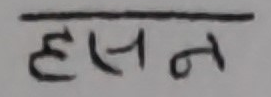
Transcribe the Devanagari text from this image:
हसन